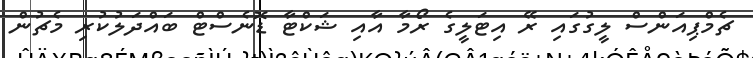
ޗެމްޕިއަންސް ލީގުގައި ރޭ އިޓަލީގެ ރޯމާ އާއި ޝަކްޓާ ޑޮނެސްޓް ބައްދަލުކުރި މެޗުން